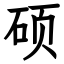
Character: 硕